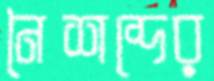
নৈশব্দের